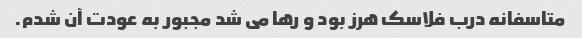
متاسفانه درب فلاسک هرز بود و رها می شد مجبور به عودت آن شدم.